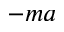
- m a